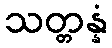
သတ္တန္နံ